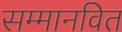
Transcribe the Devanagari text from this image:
सम्मानवित